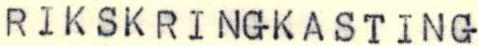
RIKSKRINGKASTING